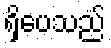
ရှိပေသည်